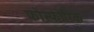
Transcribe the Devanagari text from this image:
फोस्फोरिक